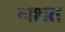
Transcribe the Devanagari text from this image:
गशत